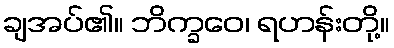
ချအပ်၏။ ဘိက္ခဝေ၊ ရဟန်းတို့။